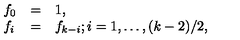
\begin{array} { l l l } { f _ { 0 } } & { = } & { 1 , } \\ { f _ { i } } & { = } & { f _ { k - i } ; i = 1 , \ldots , ( k - 2 ) / 2 , } \\ \end{array}